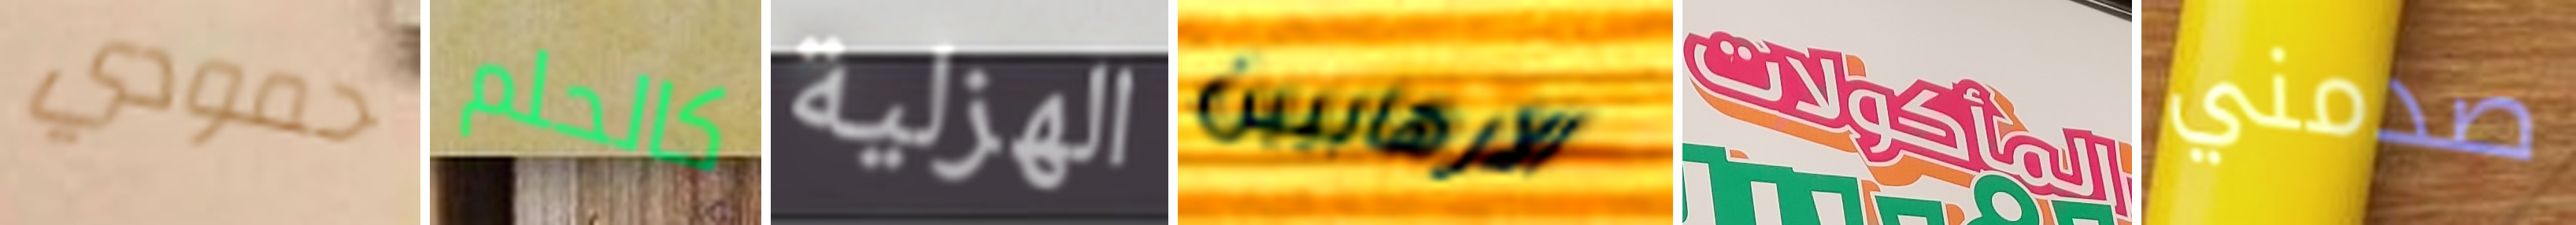
حمودي كالحلم الهزلية الارهابيين المأكولات صدمني